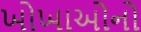
ખોખાઓનો